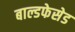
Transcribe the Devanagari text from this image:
बाल्डफेसेड